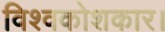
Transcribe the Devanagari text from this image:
विश्वकोशकार।